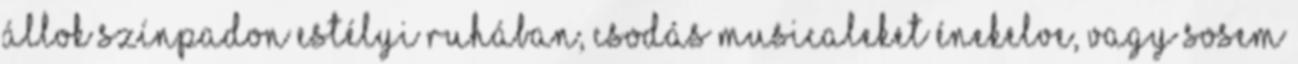
állok színpadon estélyi ruhában, csodás musicaleket énekelve, vagy sosem